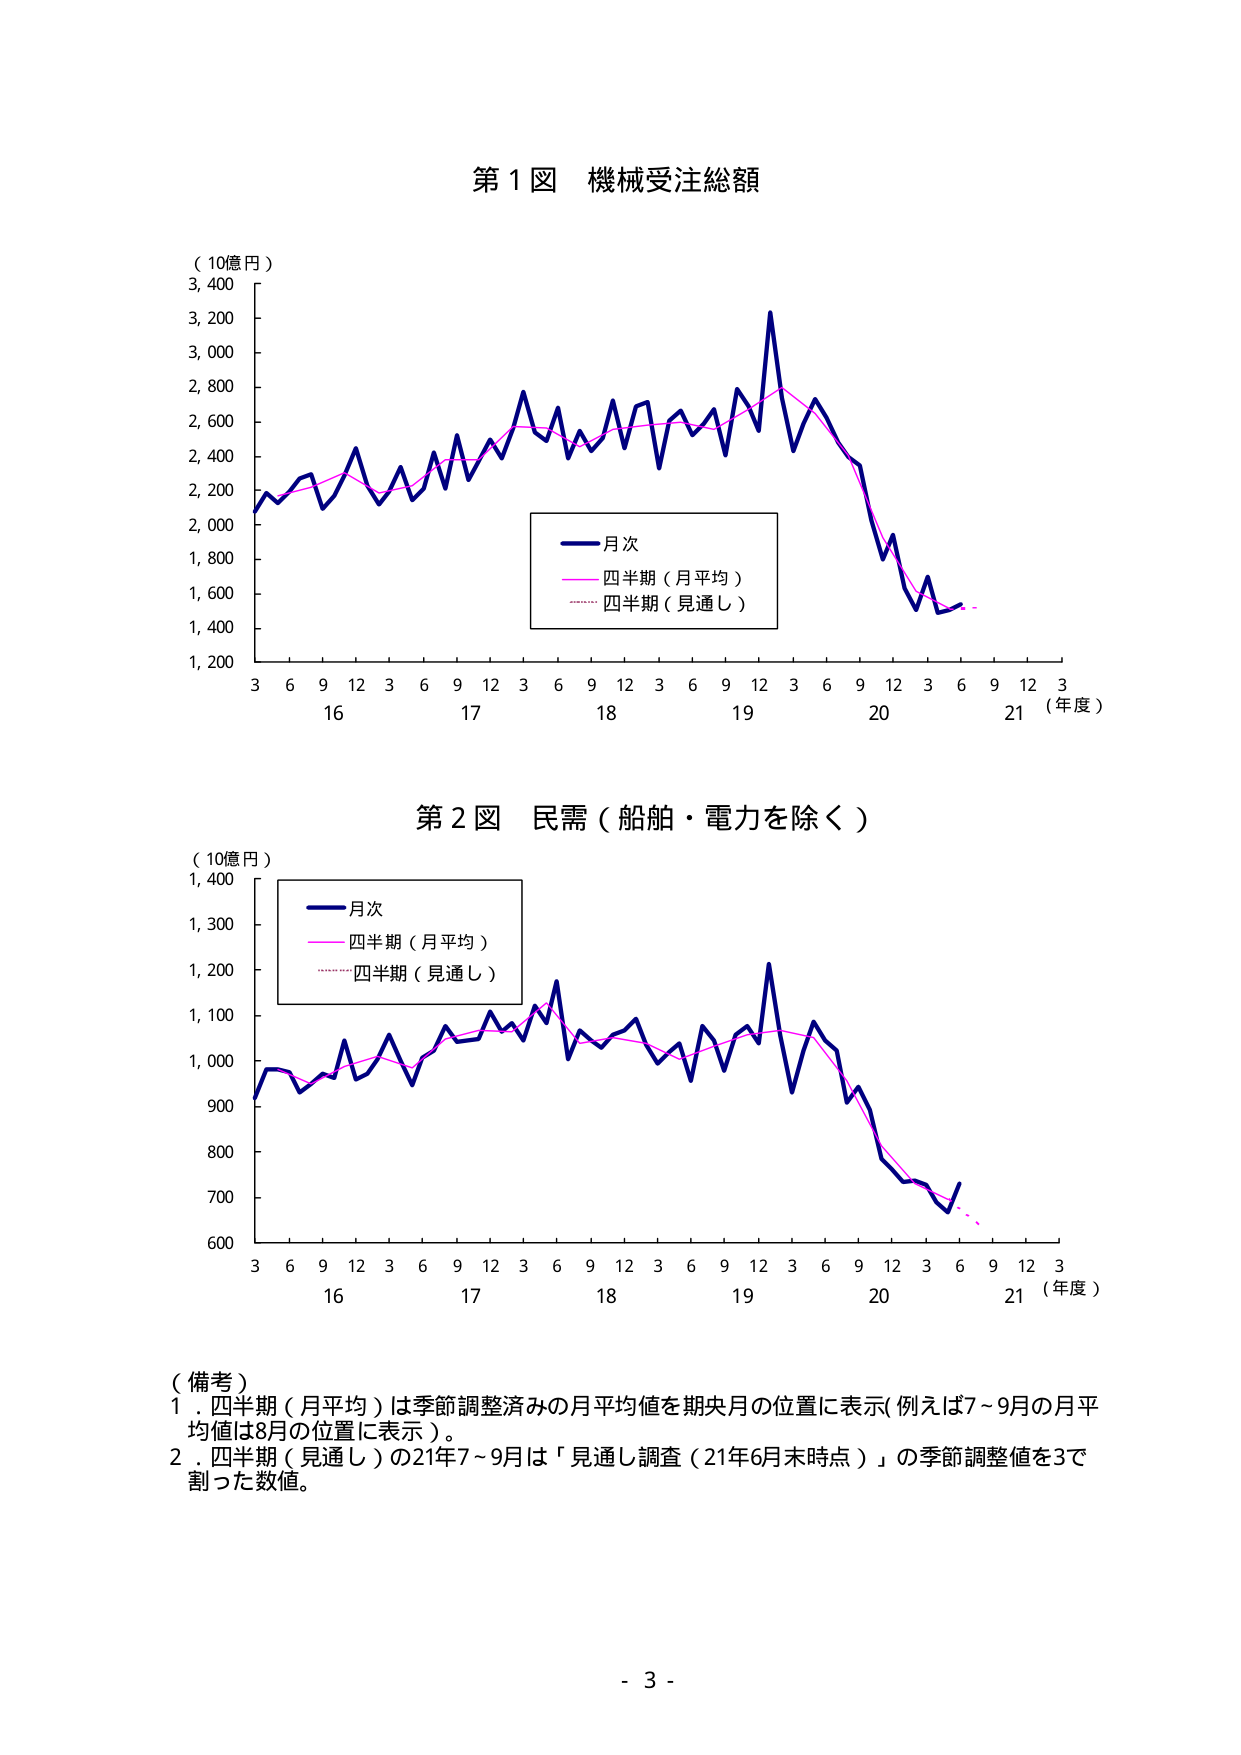
第１図 機械受注総額
（10億円）
3,400
3,200
3,000
2,800
2,600
2,400
2,200
2,000
1,800
1,600
1,400
1,200
3 6 9 12 3 6 9 12 3 6 9 12 3 6 9 12 3 6 9 12 3
16 17 18 19 20 21 （年度）
■ 月次
―― 四半期（月平均）
…… 四半期（見通し）

第２図 民需（船舶・電力を除く）
（10億円）
1,400
1,300
1,200
1,100
1,000
900
800
700
600
3 6 9 12 3 6 9 12 3 6 9 12 3 6 9 12 3 6 9 12 3
16 17 18 19 20 21 （年度）
■ 月次
―― 四半期（月平均）
…… 四半期（見通し）

（備考）
１．四半期（月平均）は季節調整済みの月平均値を期央月の位置に表示（例えば7～9月の月平均値は8月の位置に表示）。
２．四半期（見通し）の21年7～9月は「見通し調査（21年6月末時点）」の季節調整値を3で割った数値。

- 3 -